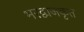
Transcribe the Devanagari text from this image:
भरद्वाजकृत